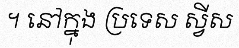
។ នៅក្នុង ប្រទេស ស្វីស